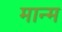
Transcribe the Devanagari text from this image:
मान्म